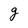
Character: g